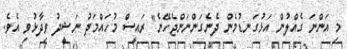
މި އަންނަ ގެއްލުން އަޅުގަނޑުމެން ދެނެގަންނަންޖެހޭނެ" ރައީސް މުހައްމަދު ނަޝީދު ވިދާޅުވި އެވެ.